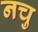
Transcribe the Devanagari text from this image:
नचु